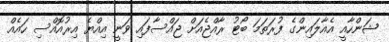
ޝަންހާއީ އެއާލައިންގެ ފުރަތަމަ ބޯޓު ރާއްޖެއަށް ޖައްސާފައި ވަނީ އިއްޔެ އިރުއޮއްސި ހައެއް